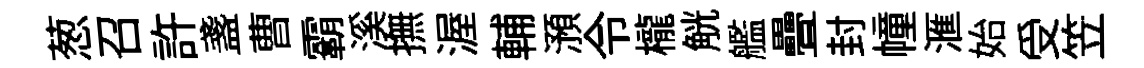
葱召許盞曹霸溪撫渥輔澦令櫳觥艦疊封幢滙始受笠